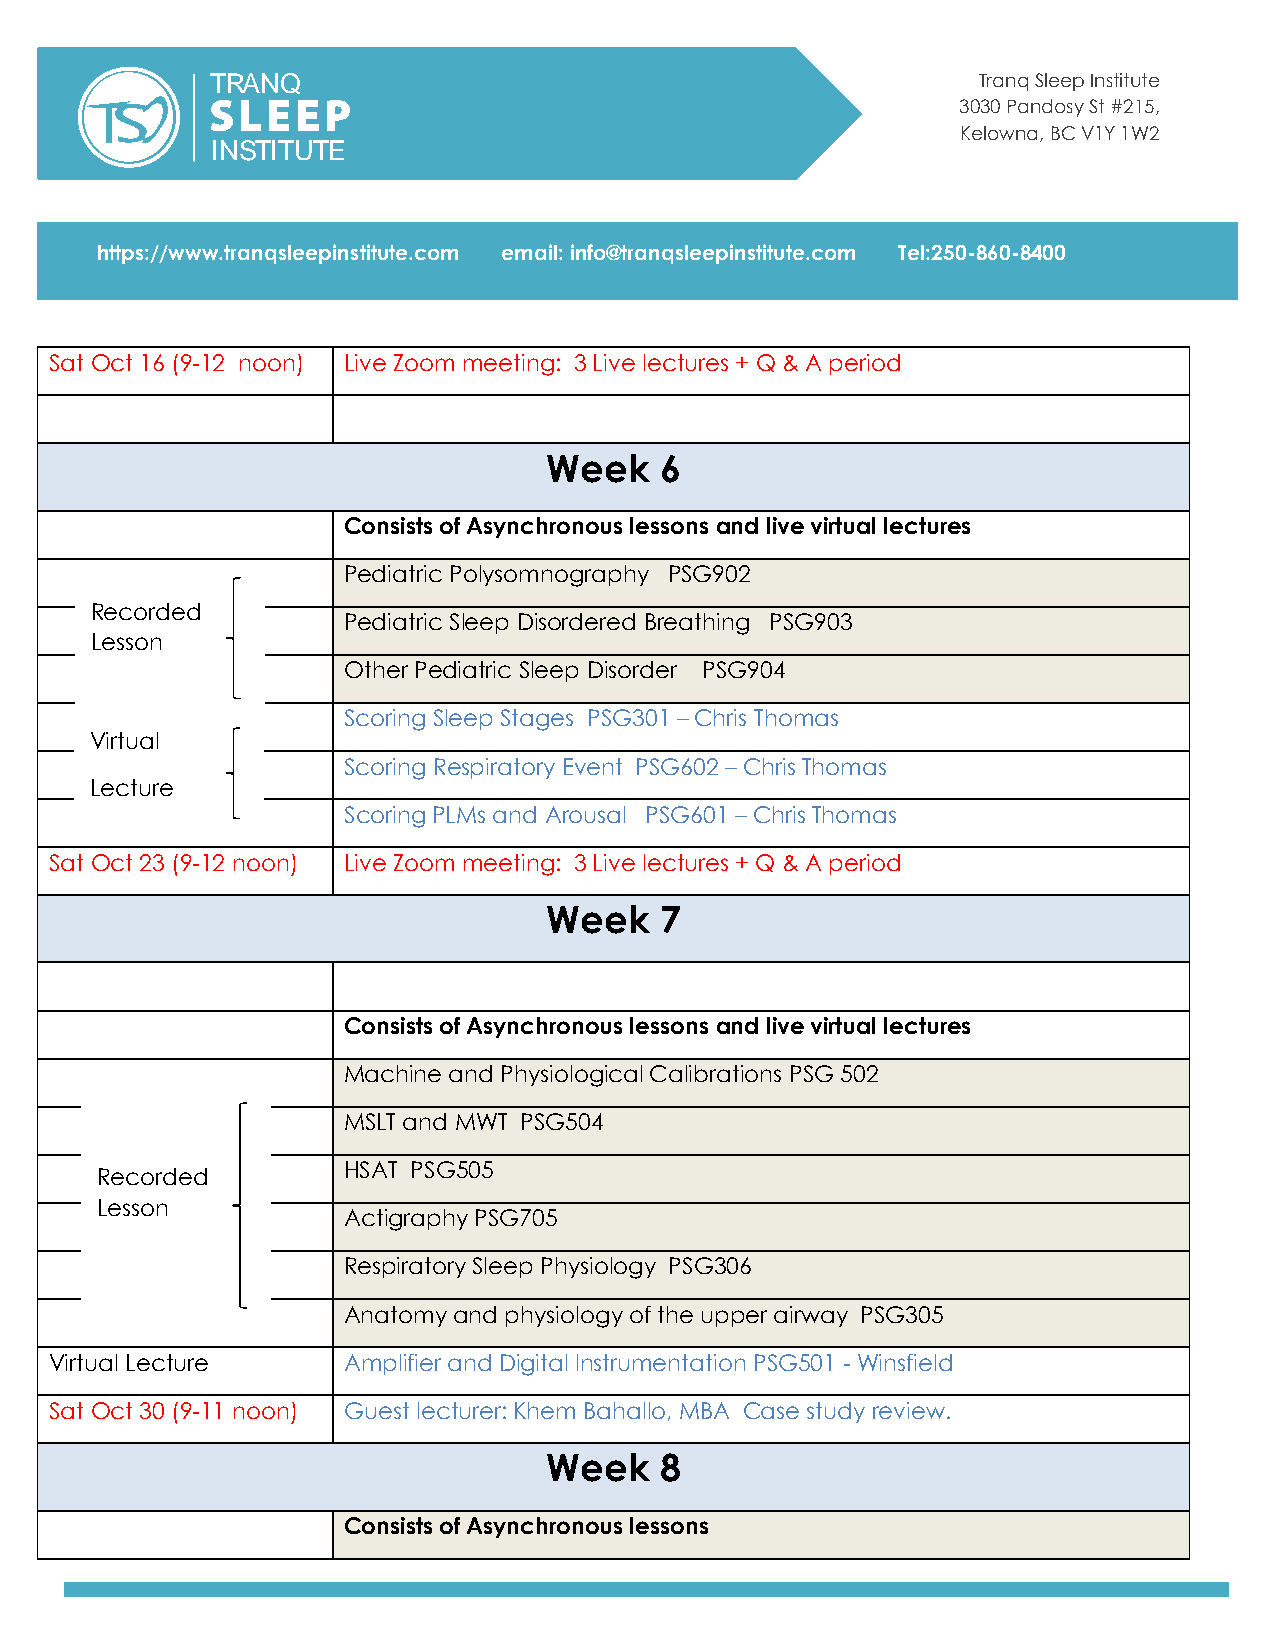
Tranq Sleep Institute
 3030 Pandosy St #215,
 Kelowna, BC V1Y 1W2
 https://www.tranqsleepinstitute.com email: info@tranqsleepinstitute.com Tel:250-860-8400
 Sat Oct 16 (9-12 noon) Live Zoom meeting: 3 Live lectures + Q & A period
 Week    6
 Consists of Asynchronous lessons and live virtual lectures
 Pediatric Polysomnography PSG902
 Recorded
 Pediatric Sleep Disordered Breathing PSG903
 Lesson
 Other Pediatric Sleep Disorder PSG904
 Scoring Sleep Stages PSG301 – Chris Thomas
 Virtual
 Scoring Respiratory Event PSG602 – Chris Thomas
 Lecture
 Scoring PLMs and Arousal PSG601 – Chris Thomas
 Sat Oct 23 (9-12 noon) Live Zoom meeting: 3 Live lectures + Q & A period
 Week    7
 Consists of Asynchronous lessons and live virtual lectures
 Machine and Physiological Calibrations PSG 502
 MSLT and MWT PSG504
 HSAT PSG505
 Recorded
 Lesson
 Actigraphy PSG705
 Respiratory Sleep Physiology PSG306
 Anatomy and physiology of the upper airway PSG305
 Virtual Lecture     Amplifier and Digital Instrumentation PSG501 - Winsfield
 Sat Oct 30 (9-11 noon) Guest lecturer: Khem Bahallo, MBA Case study review.
 Week    8
 Consists of Asynchronous lessons
 T
 I
 R
 N
 A
 S
 N
 T I
 Q
 T U T E